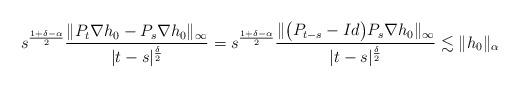
LaTeX: \begin{align*}s^\frac{1+\delta-\alpha}{2} \frac{\|P_t\nabla h_0-P_s\nabla h_0 \|_{\infty}}{|t-s|^\frac{\delta}{2}} = s^\frac{1+\delta-\alpha}{2} \frac{\|\big(P_{t-s}-Id\big)P_s\nabla h_0\|_{\infty}}{|t-s|^\frac{\delta}{2}}\lesssim \|h_0\|_\alpha\end{align*}